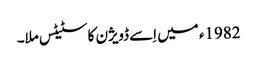
1982ء میں اِسے ڈویژن کا سٹیٹس ملا۔